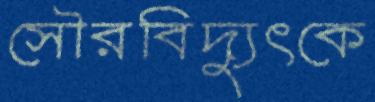
সৌরবিদ্যুৎকে